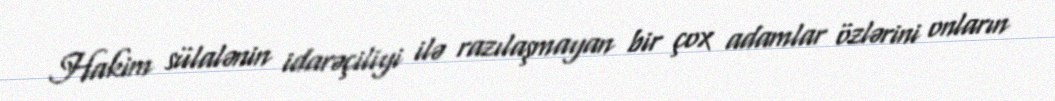
Hakim sülalənin idarəçiliyi ilə razılaşmayan bir çox adamlar özlərini onların